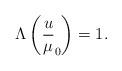
LaTeX: \begin{align*}\Lambda\left(\frac u \mu_0\right)=1.\end{align*}